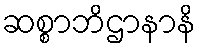
ဆစ္စာဘိဌာနာနိ